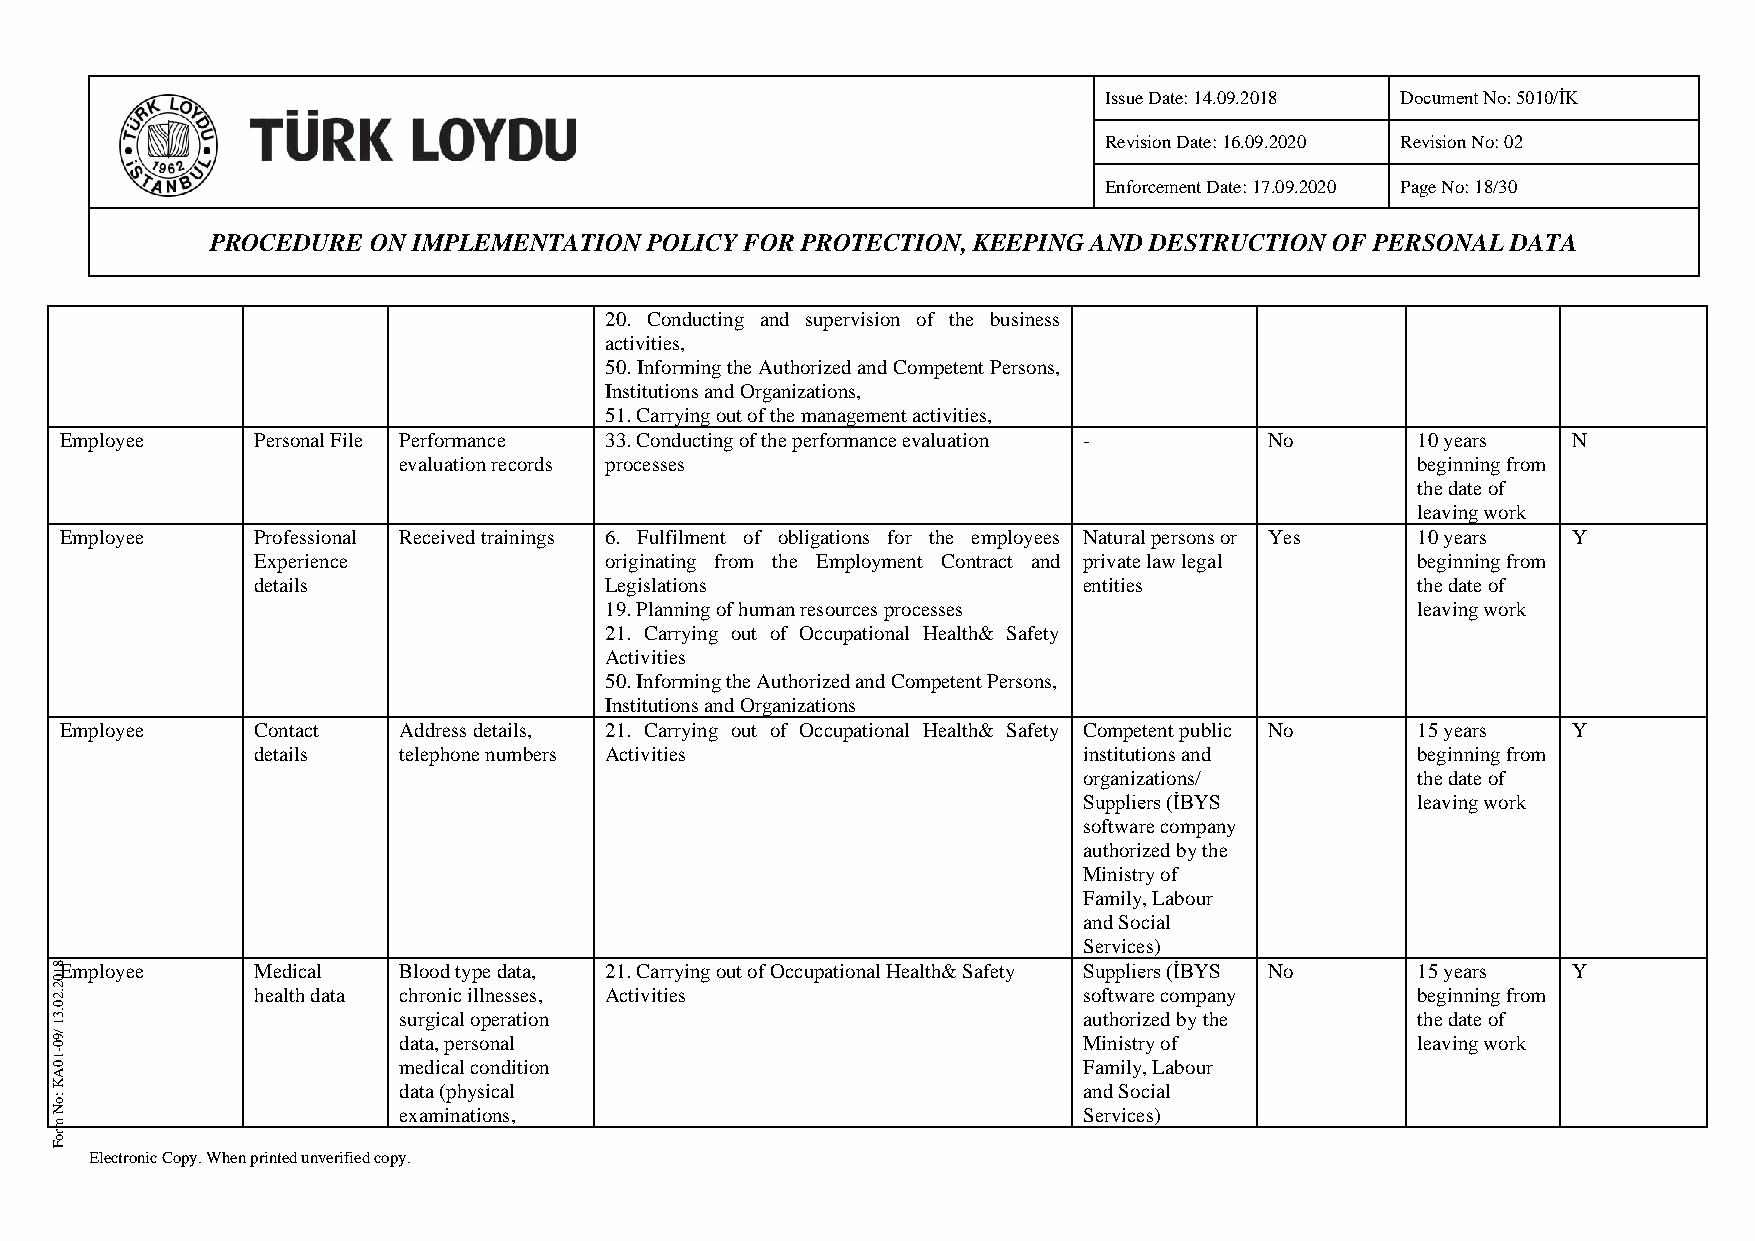
Issue Date: 14.09.2018 Document No: 5010/İK
 Revision Date: 16.09.2020 Revision No: 02
 Enforcement Date: 17.09.2020 Page No: 18/30
 PROCEDURE ON IMPLEMENTATION  POLICY FOR PROTECTION, KEEPING AND DESTRUCTION OF PERSONAL DATA
 20. Conducting and supervision of the business
 activities,
 50. Informing the Authorized and Competent Persons,
 Institutions and Organizations,
 51. Carrying out of the management activities,
 Employee     Personal File Performance 33. Conducting of the performance evaluation - No  10 years  N
 evaluation records processes                                        beginning from
 the date of
 leaving work
 Employee     Professional Received trainings 6. Fulfilment of obligations for the employees Natural persons or Yes 10 years Y
 Experience             originating from the Employment Contract and private law legal beginning from
 details                Legislations                    entities              the date of
 19. Planning of human resources processes             leaving work
 21. Carrying out of Occupational Health& Safety
 Activities
 50. Informing the Authorized and Competent Persons,
 Institutions and Organizations
 Employee     Contact  Address details, 21. Carrying out of Occupational Health& Safety Competent public No 15 years Y
 details  telephone numbers Activities                  institutions and      beginning from
 organizations/        the date of
 Suppliers (İBYS       leaving work
 software company
 authorized by the
 Ministry of
 Family, Labour
 and Social
 Services)
 8 1 Employee  Medical  Blood type data, 21. Carrying out of Occupational Health& Safety Suppliers (İBYS No 15 years Y
 0
 2 .2          health data chronic illnesses, Activities              software company      beginning from
 0
 .3                     surgical operation                            authorized by the     the date of
 1
 /9                     data, personal                                Ministry of           leaving work
 0
 1 0-                   medical condition                             Family, Labour
 A
 K                      data (physical                                and Social
 :o
 N                      examinations,                                 Services)
 m
 ro
 F
 Electronic Copy. When printed unverified copy.